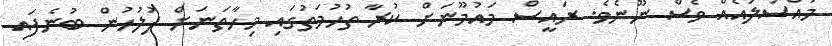
މައްސަލައެއް ވެސް ނޫނެވެ. ރައީސް މައުމޫނަށް ކުރާ ތުހުމަތުގައި މިހާތަނަށް ފުލުހުން ބުނެފައި